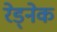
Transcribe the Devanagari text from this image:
रेड्नेक